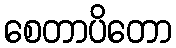
စေတာပိတော